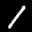
Digit: 1